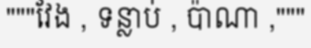
"""វែង , ទន្លាប់ , ប៉ាណា ,"""